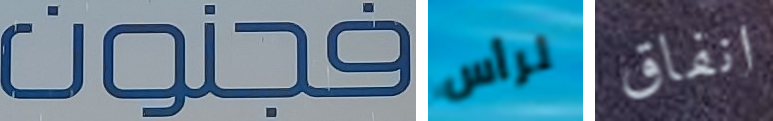
فجنون لرأس انفاق